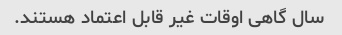
سال گاهی اوقات غیر قابل اعتماد هستند.